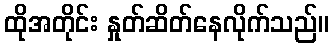
ထိုအတိုင်း နှုတ်ဆိတ်နေလိုက်သည်။